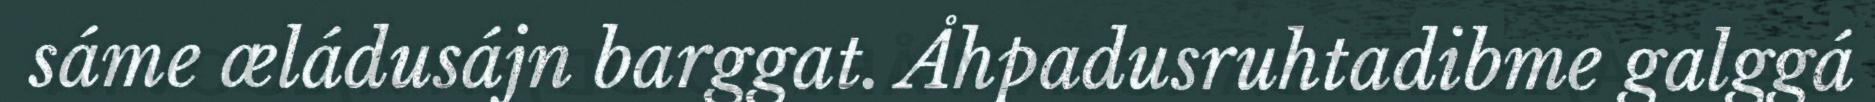
sáme æládusájn barggat. Åhpadusruhtadibme galggá